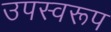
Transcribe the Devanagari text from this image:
उपस्वरूप